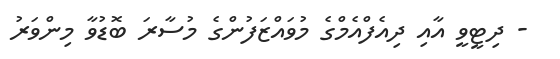
- ދިޓީވީ އާއި ދިއެފްއެމްގެ މުވައްޒަފުންގެ މުސާރަ ބޮޑުވާ މިންވަރު